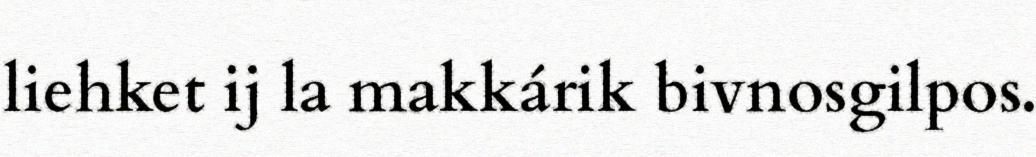
liehket ij la makkárik bivnosgilpos.